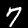
Digit: 7